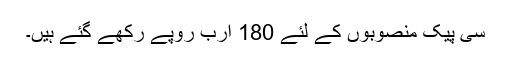
سی پیک منصوبوں کے لئے 180 ارب روپے رکھے گئے ہیں۔